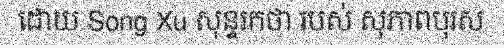
ដោយ Song Xu សុន្ទរកថា របស់ សុភាពបុរស